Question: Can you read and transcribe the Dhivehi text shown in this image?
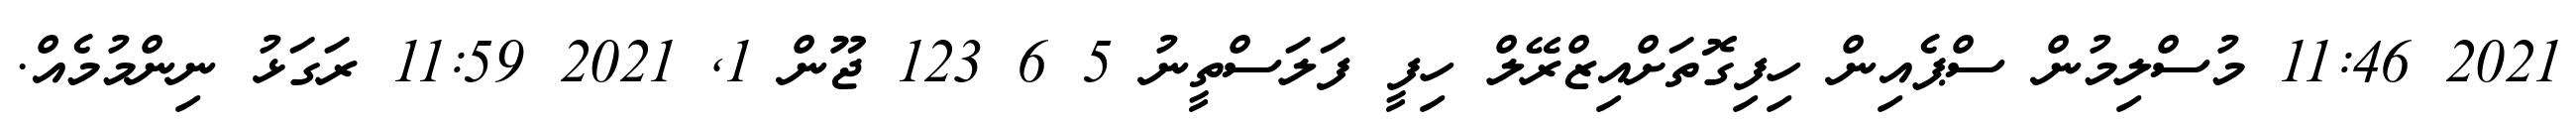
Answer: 2021 11:46 މުސްލިމުން ސްޕެއިން ހިފިގޮތަށްއިޒްރޭލް ހިފީ ފަލަސްތީނު 5 6 123 ޖޫން 1, 2021 11:59 ރަގަޅު ނިންމުމެއް.